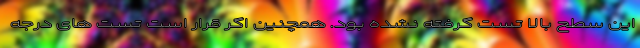
این سطح بالا تست گرفته نشده بود. همچنین اگر قرار است تست های درجه